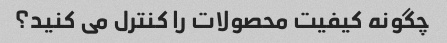
چگونه کیفیت محصولات را کنترل می کنید؟